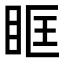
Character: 眶